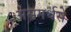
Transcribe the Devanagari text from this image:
असमर्थसे